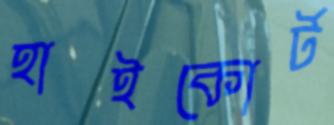
হাইকোর্ট